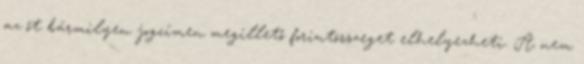
az őt bármilyen jogcímen megillető forintösszeget elhelyezheti. A nem